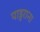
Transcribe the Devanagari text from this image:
पाडुराना